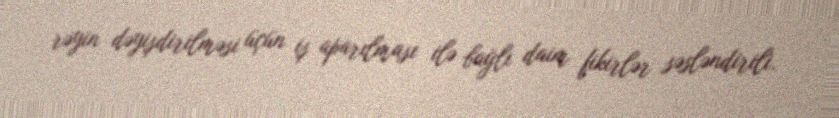
rəyin dəyişdirilməsi üçün iş aparılması ilə bağlı daim fikirlər səsləndirili.